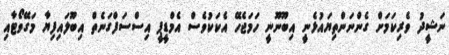
ނަޝީދު ވެރިކަމަށް ގެންނަންތިޔައުޅެނީ އިބޫނޫނީ ހަމަޖެހޭ އެކަކުވެސް އެމްޑީޕީ އިސްސަފްގަނެތް އިބޫލައިފިޔާ މަގޭވޯޓާއި